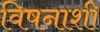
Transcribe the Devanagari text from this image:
विषनाशी